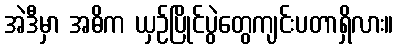
အဲဒီမှာ အဓိက ယှဉ်ပြိုင်ပွဲတွေကျင်းပတာရှိလား။